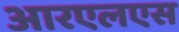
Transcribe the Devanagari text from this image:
आरएलएस